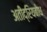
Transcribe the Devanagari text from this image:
अतींद्रियबोध